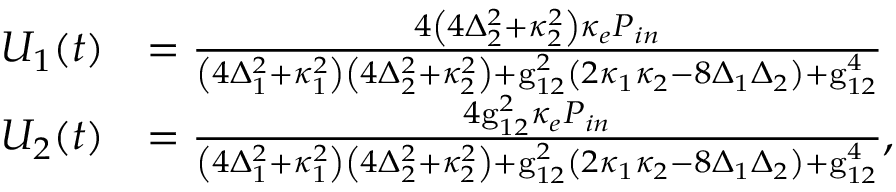
\begin{array} { r l } { U _ { 1 } ( t ) } & { = \frac { 4 \left( 4 \Delta _ { 2 } ^ { 2 } + \kappa _ { 2 } ^ { 2 } \right) \kappa _ { e } P _ { i n } } { \left( 4 \Delta _ { 1 } ^ { 2 } + \kappa _ { 1 } ^ { 2 } \right) \left( 4 \Delta _ { 2 } ^ { 2 } + \kappa _ { 2 } ^ { 2 } \right) + \mathrm { g } _ { 1 2 } ^ { 2 } \left( 2 \kappa _ { 1 } \kappa _ { 2 } - 8 \Delta _ { 1 } \Delta _ { 2 } \right) + \mathrm { g } _ { 1 2 } ^ { 4 } } } \\ { U _ { 2 } ( t ) } & { = \frac { 4 \mathrm { g } _ { 1 2 } ^ { 2 } \kappa _ { e } P _ { i n } } { \left( 4 \Delta _ { 1 } ^ { 2 } + \kappa _ { 1 } ^ { 2 } \right) \left( 4 \Delta _ { 2 } ^ { 2 } + \kappa _ { 2 } ^ { 2 } \right) + \mathrm { g } _ { 1 2 } ^ { 2 } \left( 2 \kappa _ { 1 } \kappa _ { 2 } - 8 \Delta _ { 1 } \Delta _ { 2 } \right) + \mathrm { g } _ { 1 2 } ^ { 4 } } , } \end{array}